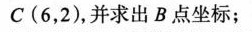
C(6，2)，并求出B点坐标；